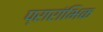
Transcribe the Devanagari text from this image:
प्रारांभिक